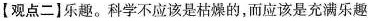
【观点二1乐趣。科学不应该是枯燥的，而应该是充满乐趣